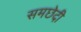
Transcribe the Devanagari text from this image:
समछेदी